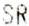
SR